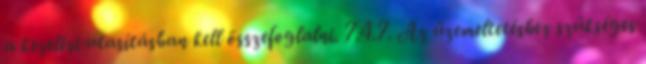
a kezelési utasításban kell összefoglalni. 7.4.7. Az üzemeltetéshez szükséges